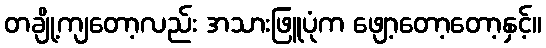
တချို့ကျတော့လည်း အသားဖြူပုံက ဖျော့တော့တော့နှင့်။